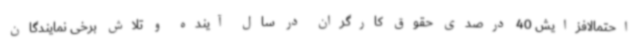
احتمالافزایش 40 درصدی حقوق کارگران در سال آینده و تلاش برخی نمایندگان